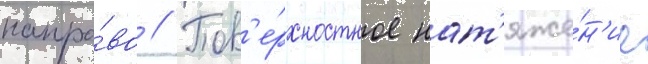
напра́во // Пов'е́рхностное нат'яже́н'ие